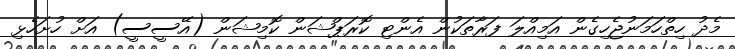
މެދު ހިތްހަމަނުޖެހިގެން އަމިއްލަ ފަރާތަކުން އެންޓި ކޮރަޕްޝަން ކޮމިޝަން (އޭސީސީ) އަށް ހުށަހެޅި